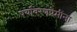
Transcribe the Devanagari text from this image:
पर्यावरणप्रेमींना